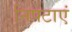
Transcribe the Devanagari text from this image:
निपटाएं